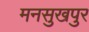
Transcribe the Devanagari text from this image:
मनसुखपुर